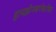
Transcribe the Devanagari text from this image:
हायझेनबर्गबरोबर